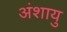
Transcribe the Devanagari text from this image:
अंशायु